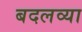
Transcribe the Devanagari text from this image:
बदलव्या